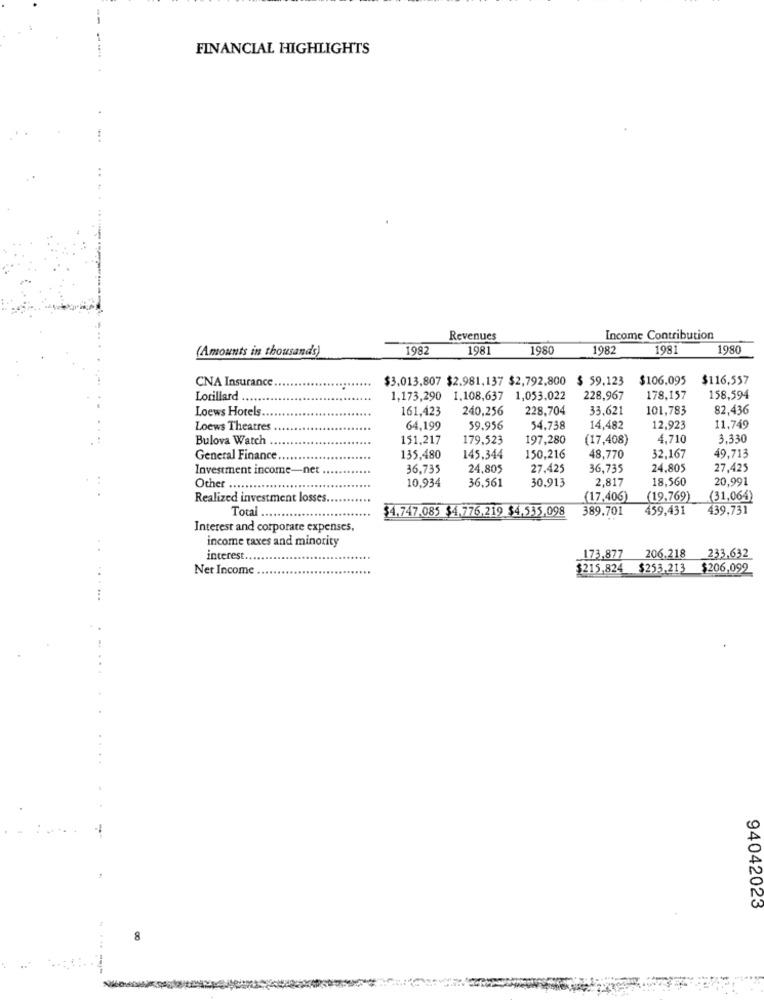
FINANCIAL HIGHLIGHTS
Revenues
Income Contribution
(Amounts in thousands)
1982
1981
1980
1982
1981
1980
$3.013,807 $2.981,137 $2,792,800
$ 59.123
$106.095
$116,557
CNA Insurance .
Lorillard
1,173,290 1,108,637 1,053.022
228,967
178,157
158,594
Loews Hotels.
161,423
240,256
228,704
33,621
101,783
82,436
Loews Theatres .
64,199
59.956
54,738
14,482
12,923
11,749
Bulova Watch .
151,217
179,523
197,280
(17,408)
4,710
3.330
General Finance.
135,480
145.344
150,216
48.770
32,167
49,713
Investment income-net
36,735
24,805
27.425
36,735
24,805
27,425
10.934
36,561
30.913
2,817
18,560
20,991
Other ...
Realized investment losses.
(17,406)
(19.769)
(31,064)
Total
$4.747.085 $4,776,219 $4,535,098
389.701
459,431
439.731
Interest and corporate expenses,
income taxes and minority
interest ...
173.877 206.218 233.632
Net Income
$215,824 $253.213 $206,099
...
..
94042023
8
-----